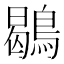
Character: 鶡